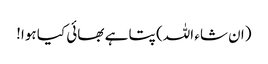
(ان شاء اللہ) پتا ہے بھائی کیا ہوا!